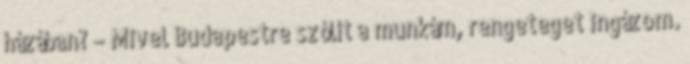
házában? – Mivel Budapestre szólít a munkám, rengeteget ingázom.